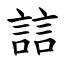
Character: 誩